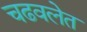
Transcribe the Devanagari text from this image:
चढवलेत